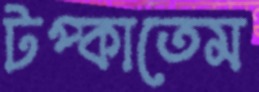
টপ্‌কাতেম